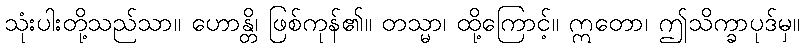
သုံးပါးတို့သည်သာ။ ဟောန္တိ၊ ဖြစ်ကုန်၏။ တသ္မာ၊ ထို့ကြောင့်။ ဣတော၊ ဤသိက္ခာပုဒ်မှ။